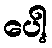
ပေါ့